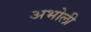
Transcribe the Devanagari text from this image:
अभोली